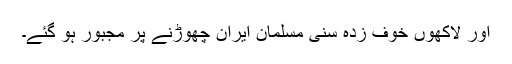
اور لاکھوں خوف زدہ سنی مسلمان ایران چھوڑنے پر مجبور ہو گئے۔